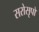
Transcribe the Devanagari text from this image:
सरोसृपों